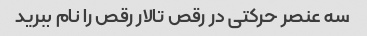
سه عنصر حرکتی در رقص تالار رقص را نام ببرید